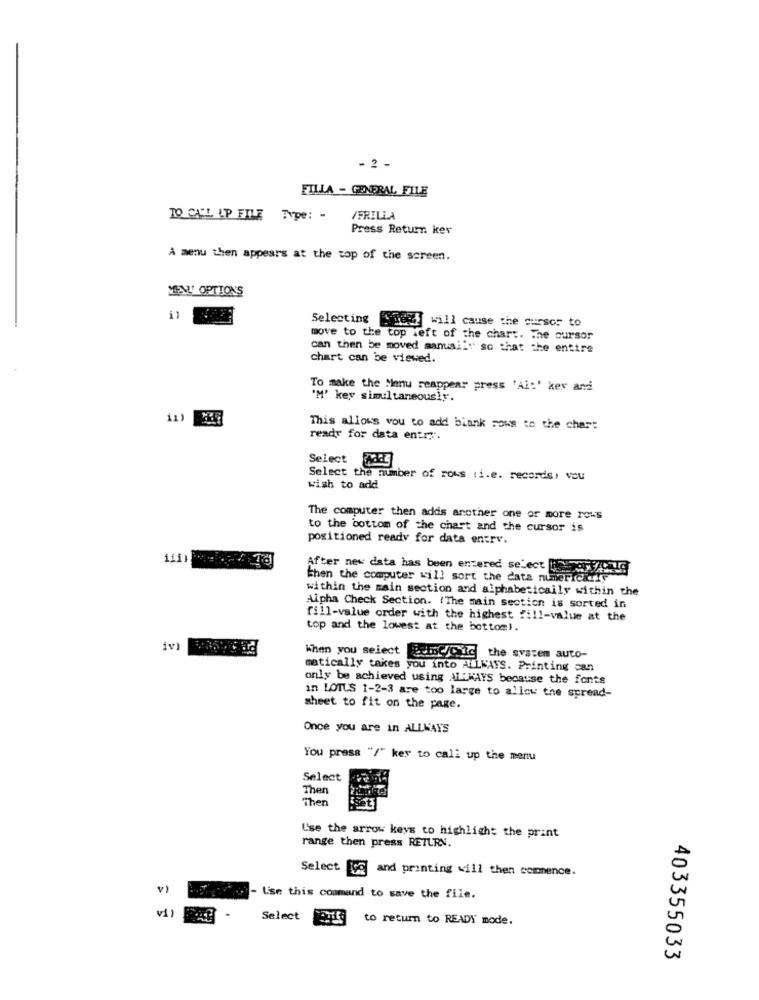
- 2 -
FILLA - GENERAL FILE
TO CALL LP FILE Type: -
/FRILLA
Press Returr. ker
A menu then appears at the top of the screen.
MEVL' OPTIONS
Selecting 588) will cause the cursor to
move to the top left of the chart. The cursor
can then be moved manually so that the entire
chart can be viewed.
To make the Menu reappear press 'Ai:' ker and
'M' key simultaneously.
11)
This allows you to add biank rows to the chart
ready for data entry".
Select
Select the number of rows (i.e. records) vou
wish to add
The computer then adds another one or more rows
to the bottom of the chart and the cursor is
positioned ready for data entry.
1111
After new data has been entered select 3 marzo Io
then the computer will sort the data numeric
within the main section and alphabetically within the
Alpha Check Section. (The main section is sorted in
fill-value order with the highest ?: 11-value at the
top and the lowest at the bottoml.
When you select juinC/Cic the system auto-
matically takes you into ALLWAYS. Printing can
only be achieved using AL'WAYS because the fonts
in LOTUS 1-2-3 are too large to allow the spread-
sheet to fit on the page.
Once you are in ALLWAYS
You press "/" ker to call up the menu
Select
Then
Then
Use the arrow keys to highlight the print
range then press RETURN.
Select og and printing will then commence.
v)
Lise this command to save the file.
vi
Select
to return to READY mode.
403355033